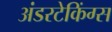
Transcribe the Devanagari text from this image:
अंडरटेकिंग्स